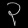
Digit: ၃